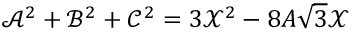
\mathcal { A } ^ { 2 } + \mathcal { B } ^ { 2 } + \mathcal { C } ^ { 2 } = 3 \mathcal { X } ^ { 2 } - 8 A \sqrt { 3 } \mathcal { X }